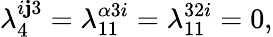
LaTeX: \lambda_{4}^{i\mathbf{j}3}=\lambda_{11}^{\alpha3i}=\lambda_{11}^{32i}=0,